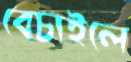
বেচাইলে